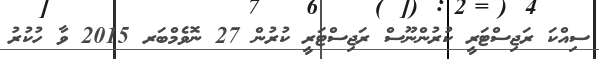
ސިއްކަ ރަޖިސްޓަރީ ކުރުންނޫސް ރަޖިސްޓަރީ ކުރުން 27 ނޮވެމްބަރ 2015 ވާ ހުކުރު